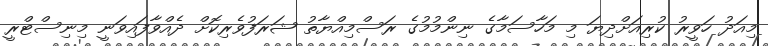
މިއަދު ހަވީރު ކުރިއަށްދިޔަ މި މަހާސަމާގެ ނިންމުމުގެ ރަސްމިއްޔާތު ޝަރަފުވެރިކޮށް ދެއްވާފައިވަނީ މިނިސްޓްރީ